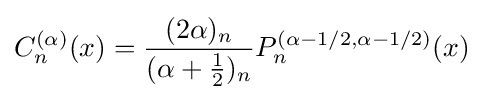
C_{n}^{(\alpha )}(x)={\frac {(2\alpha )_{n}}{(\alpha +{\frac {1}{2}})_{n}}}P_{n}^{(\alpha -1/2,\alpha -1/2)}(x)